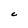
Character: C